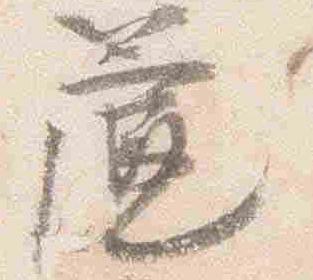
簾